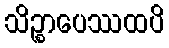
သိဉ္စာပေဿထပိ